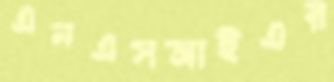
এনএসআইএর